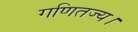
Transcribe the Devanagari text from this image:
गणितज्य।